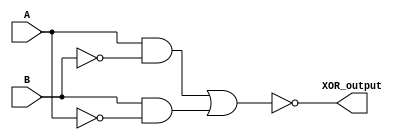
module XOR_gate(
    input A,
    input B,
    output XOR_output
);

// Transmission Gate 1
assign TG1_A = A;
assign TG1_B = ~B;
assign TG1_out = TG1_A & TG1_B;

// Transmission Gate 2
assign TG2_A = B;
assign TG2_B = ~A;
assign TG2_out = TG2_A & TG2_B;

// NOR gate to combine outputs
assign XOR_output = ~(TG1_out | TG2_out);

endmodule